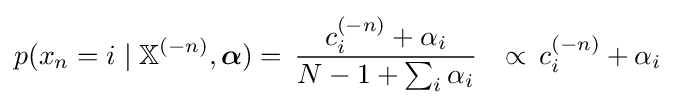
{\begin{aligned}p(x_{n}=i\mid \mathbb {X} ^{(-n)},{\boldsymbol {\alpha }})&=\,{\frac {c_{i}^{(-n)}+\alpha _{i}}{N-1+\sum _{i}\alpha _{i}}}&\propto \,c_{i}^{(-n)}+\alpha _{i}\end{aligned}}